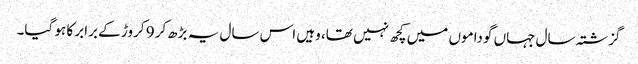
گزشتہ سال جہاں گوداموں میں کچھ نہیں تھا، وہیں اس سال یہ بڑھ‌کر 9 کروڑ کے برابر کا ہو گیا۔